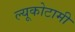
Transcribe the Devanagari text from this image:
ल्यूकोटामी